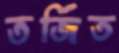
তর্জিত